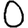
Digit: 0